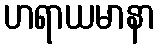
ဟရာယမာနာ